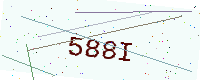
Text: 588I